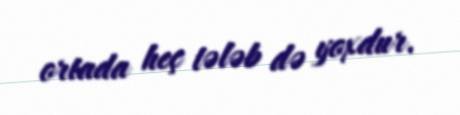
ortada heç tələb də yoxdur.